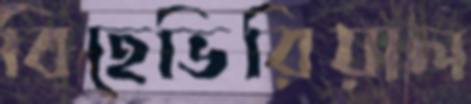
বিহেভিরিয়াল